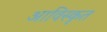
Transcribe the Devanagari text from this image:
आविस्कृत